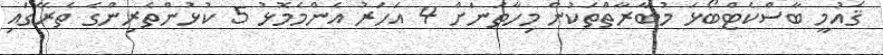
ޤައުމީ ބާސްކެޓްބޯޅަ މުބާރާތްތަކުން މިހާތަނަށް 4 އަހަރު އެންމެމޮޅު 5 ކުޅުންތެރިންގެ ތެރޭގައި